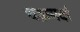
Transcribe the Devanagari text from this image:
चक्रमर्दा